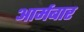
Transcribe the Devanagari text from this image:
आर्मबार